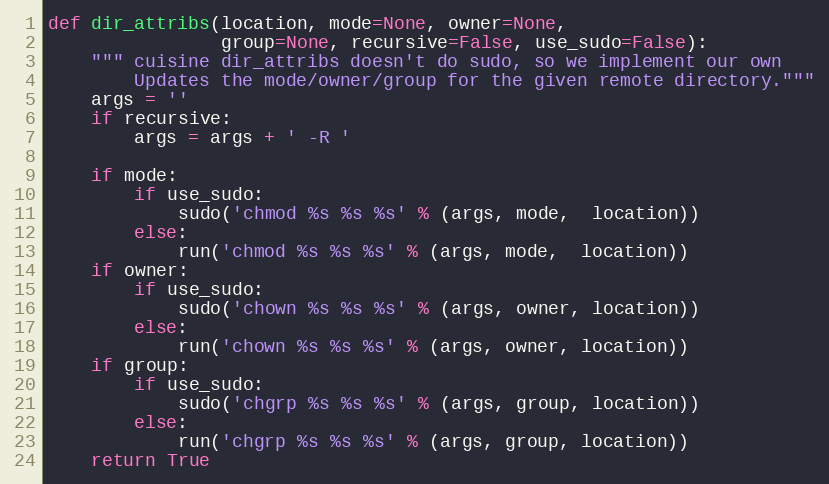
Language: Python
def dir_attribs(location, mode=None, owner=None,
                group=None, recursive=False, use_sudo=False):
    """ cuisine dir_attribs doesn't do sudo, so we implement our own
        Updates the mode/owner/group for the given remote directory."""
    args = ''
    if recursive:
        args = args + ' -R '

    if mode:
        if use_sudo:
            sudo('chmod %s %s %s' % (args, mode,  location))
        else:
            run('chmod %s %s %s' % (args, mode,  location))
    if owner:
        if use_sudo:
            sudo('chown %s %s %s' % (args, owner, location))
        else:
            run('chown %s %s %s' % (args, owner, location))
    if group:
        if use_sudo:
            sudo('chgrp %s %s %s' % (args, group, location))
        else:
            run('chgrp %s %s %s' % (args, group, location))
    return True